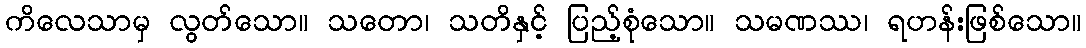
ကိလေသာမှ လွတ်သော။ သတော၊ သတိနှင့် ပြည့်စုံသော။ သမဏဿ၊ ရဟန်းဖြစ်သော။